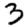
Digit: 3